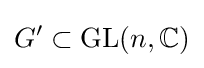
G'\subset \operatorname {GL} (n,\mathbb {C} )